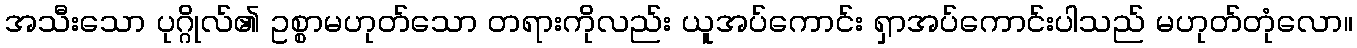
အသီးသော ပုဂ္ဂိုလ်၏ ဥစ္စာမဟုတ်သော တရားကိုလည်း ယူအပ်ကောင်း ရှာအပ်ကောင်းပါသည် မဟုတ်တုံလော။